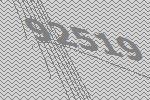
92519